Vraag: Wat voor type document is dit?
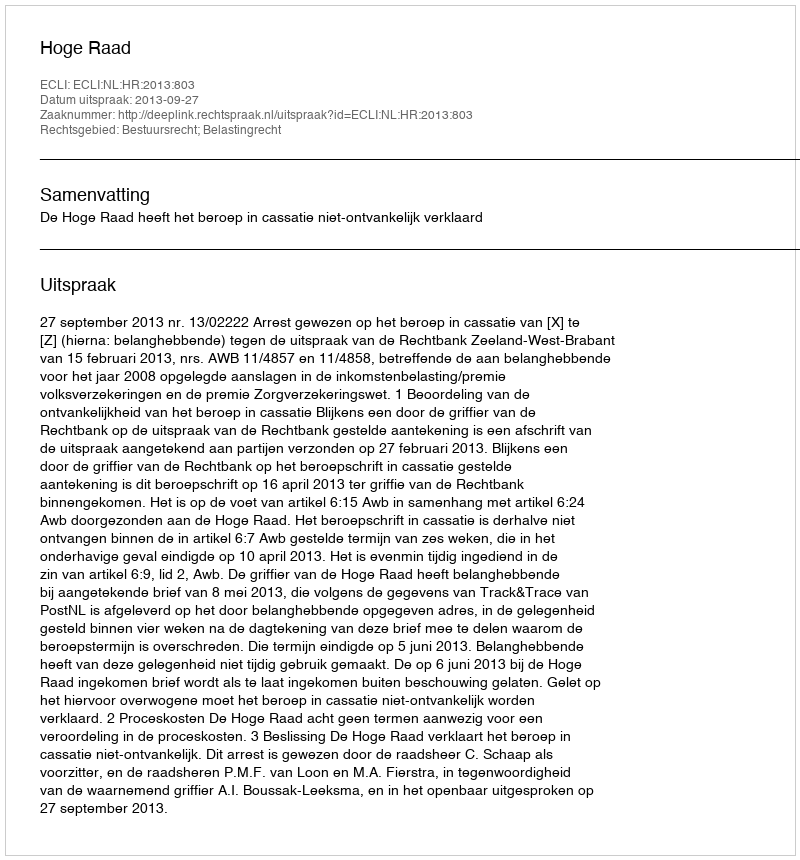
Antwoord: Uitspraak